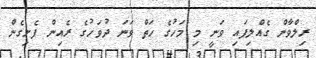
ރިލްވާން ގެއްލިފައި ވަނީ މި މަހުގެ ހަތް ވަނަ ދުވަހުގެ ރެއިން ފެށިގެން